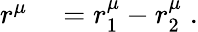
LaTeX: \begin{array}{rl}{r^{\mu}}&{{}=r_{1}^{\mu}-r_{2}^{\mu}\; .}\end{array}